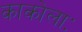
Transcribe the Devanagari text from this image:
काकोलाः